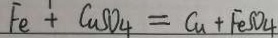
F e + C u S O _ { 4 } = C u + F e S O _ { 4 }